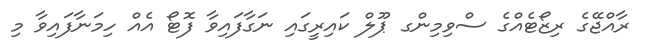
ރާއްޖޭގެ ރިޒޯޓެއްގެ ސްވިމިންގ ޕޫލް ކައިރީގައި ނަގާފައިވާ ފޮޓޯ އެއް ހިމަނާފައިވާ މި